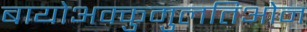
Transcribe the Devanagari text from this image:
बायोअक्कुमुलतिओन